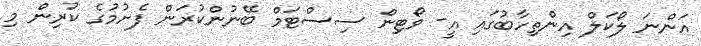
އަންނަ ލޯކަލް އިންތިހާބުގައި އީ- ވޯޓިން ސިސްޓަމް ބޭނުންކުރަން ފެށުމުގެ ކުރިން މި